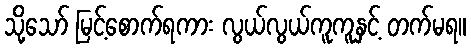
သို့သော် မြင့်စောက်ရကား လွယ်လွယ်ကူကူနှင့် တက်မရ။